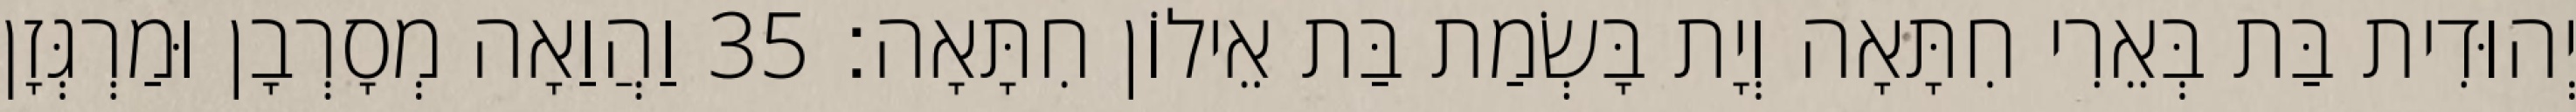
יְהוּדִית בַּת בְּאֵרִי חִתָּאָה וְיָת בָּשְׂמַת בַּת אֵילוֹן חִתָּאָה׃ 35 וַהֲוַאָה מְסָרְבָן וּמַרְגְּזָן